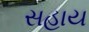
સહાય